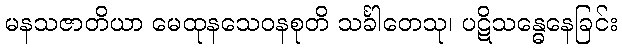
မနသဇာတိယာ မေထုနသေဝနစုတိ သင်္ခါတေသု၊ ပဋိသန္ဓေနေခြင်း